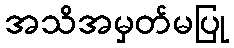
အသိအမှတ်မပြု